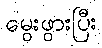
မွေးဖွားပြီး